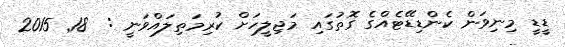
ޑީޑީ މިނިވަން ކެންޑިޑޭޓެއްގެ ގޮތުގައި މަޖިލީހަށް ކުރިމަތިލައްވަނީ :  18